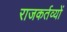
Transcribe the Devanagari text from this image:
राजकर्तव्यों